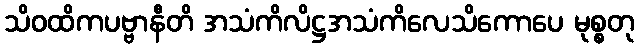
သိဝထိကပဗ္ဗာနီတိ အသံကိလိဋ္ဌအသံကိလေသိကောပေ မုစ္စတု